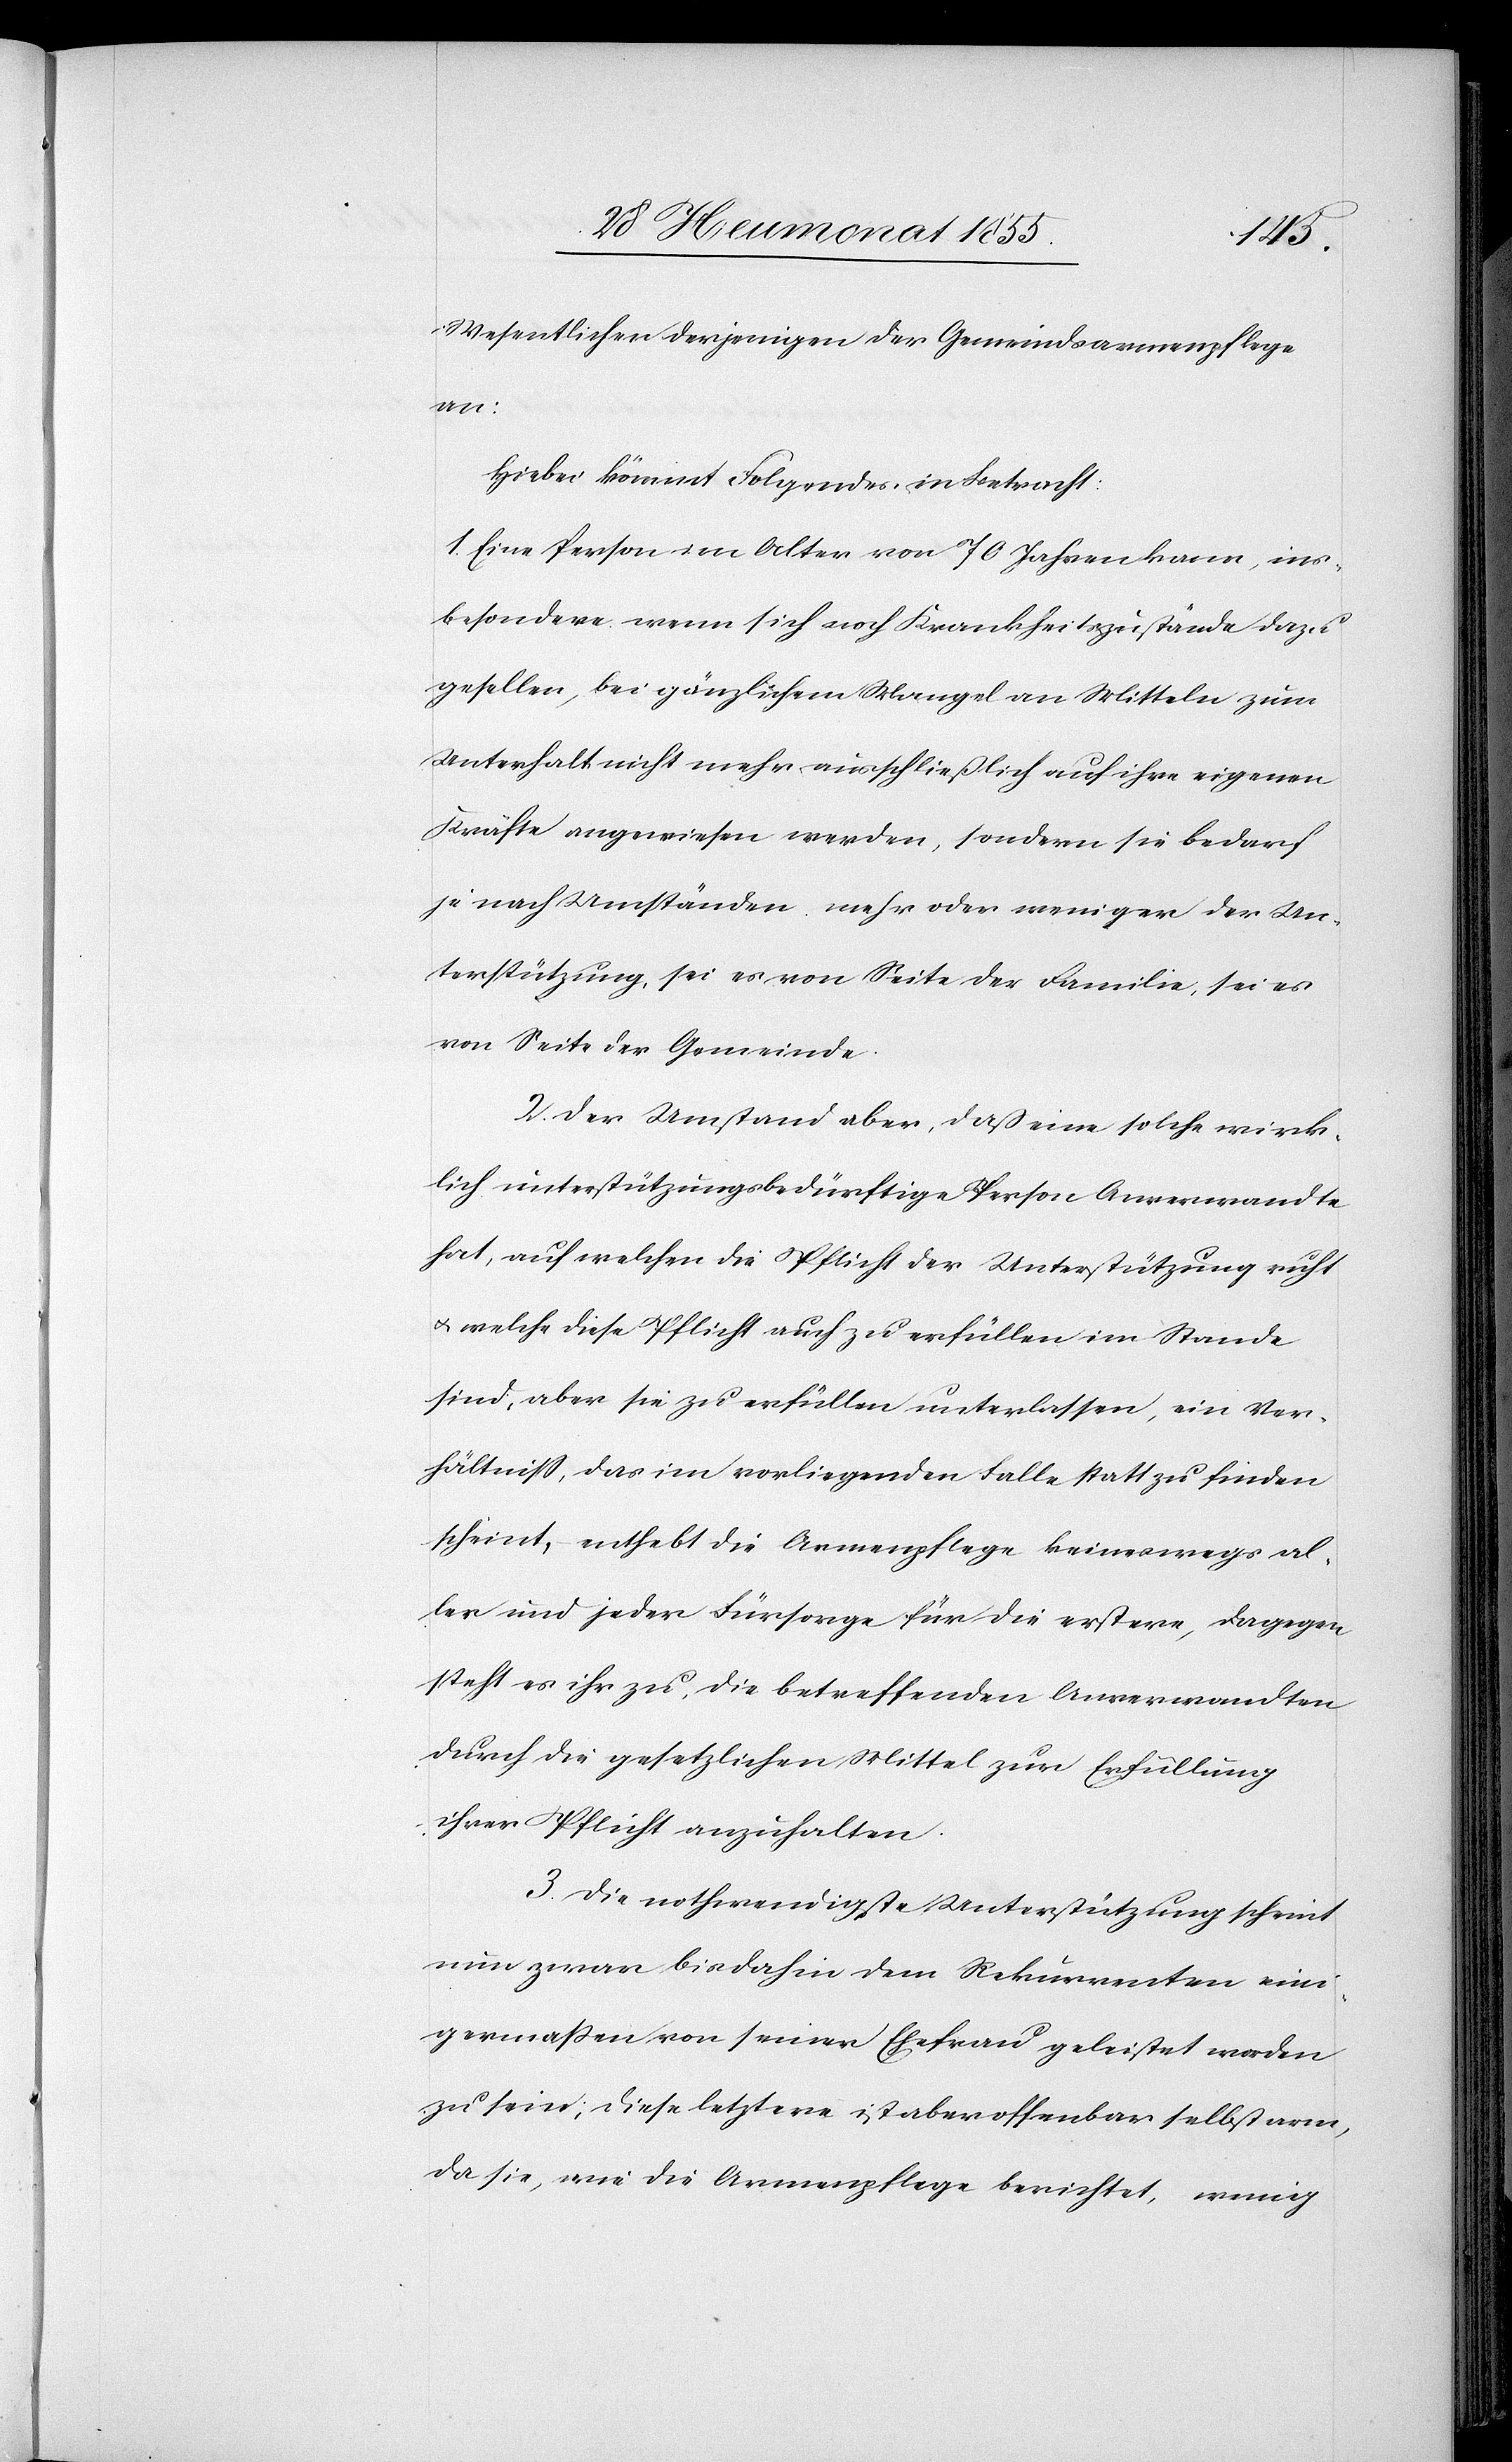
Wesentlichen derjenigen der Gemeindsarmenpflege
an:
Hiebei kömmt Folgendes in Betracht:
1. Eine Person im Alter von 70 Jahren kann, ins¬
besondere wenn sich noch Krankheitszustände dazu
gesellen, bei gänzlichem Mangel an Mitteln zum
Unterhalt nicht mehr ausschließlich auf ihre eigenen
Kräfte angewiesen werden, sondern sie bedarf
je nach Umständen mehr oder weniger der Un¬
terstützung, sei es von Seite der Familie, sei es
von Seite der Gemeinde.
2. Der Umstand aber, daß eine solche wirk¬
lich unterstützungsbedürftige Person Anverwandte
hat, auf welchen die Pflicht der Unterstützung ruht
& welche diese Pflicht auch zu erfüllen im Stande
sind, aber sie zu erfüllen unterlassen, ein Ver¬
hältniss, das im vorliegenden Falle statt zu finden
scheint, – enthebt die Armenpflege keineswegs al¬
ler und jeder Fürsorge für die erstere, dagegen
steht es ihr zu, die betreffenden Anverwandten
durch die gesetzlichen Mittel zur Erfüllung
ihrer Pflicht anzuhalten.
3. Die nothwendigste Unterstützung scheint
nun zwar bisdahin dem Rekurrenten eini¬
germaßen von seiner Ehefrau geleistet worden
zu sein; diese letztere ist aber offenbar selbst arm,
da sie, wie die Armenpflege berichtet, wenig